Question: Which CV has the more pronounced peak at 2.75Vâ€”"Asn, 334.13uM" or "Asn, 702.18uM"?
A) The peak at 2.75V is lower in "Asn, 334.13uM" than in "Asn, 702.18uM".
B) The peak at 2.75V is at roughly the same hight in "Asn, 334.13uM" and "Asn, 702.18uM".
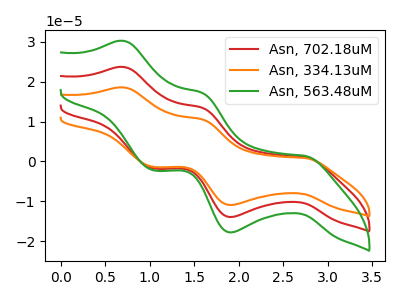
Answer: <think>The red curve "Asn, 702.18uM" has anodic peaks at (0.70V, 23.70uA) (1.60V, 13.50uA) and cathodic peaks at (2.75V, 1.10uA) (1.90V, -13.95uA) (1.05V, -1.75uA). The orange curve "Asn, 334.13uM" has anodic peaks at (0.70V, 47.45uA) (1.60V, 27.00uA) and cathodic peaks at (2.75V, 2.20uA) (1.90V, -27.90uA) (1.05V, -3.50uA). The green curve "Asn, 563.48uM" has anodic peaks at (0.70V, 30.25uA) (1.60V, 17.25uA) and cathodic peaks at (2.75V, 1.40uA) (1.90V, -17.80uA) (1.05V, -2.20uA).</think>
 <answer>A) The peak at 2.75V is lower in "Asn, 334.13uM" than in "Asn, 702.18uM".</answer>
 <eval>A</eval>